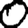
Digit: 0